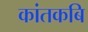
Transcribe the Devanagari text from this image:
कांतकबि